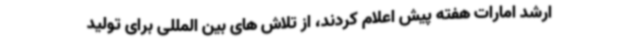
ارشد امارات هفته پیش اعلام کردند، از تلاش های بین المللی برای تولید